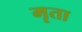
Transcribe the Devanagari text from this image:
मृता